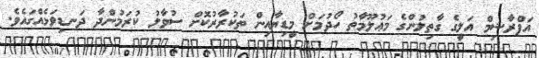
އަފްރާޝިމް އަލީގެ ގާތިލުންގެ މަޢުލޫމާތު ހޯދުމަށް މީޑިޔާއިން ތަކުރާރުކޮށް ސުވާލު ކުރަމުންދާ ދަނޑިވަޅެއްގައެވެ.